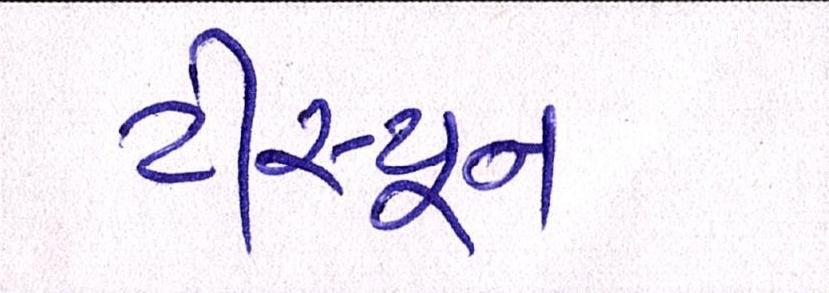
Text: ટીસ્પૂન